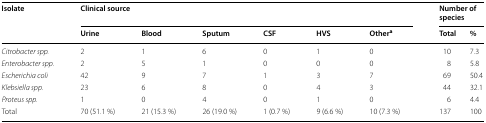
<table><thead><tr><td rowspan="2"><b>Isolate</b></td><td colspan="6"><b>Clinical source</b></td><td colspan="2"><b>Number of species</b></td></tr><tr><td><b>Urine</b></td><td><b>Blood</b></td><td><b>Sputum</b></td><td><b>CSF</b></td><td><b>HVS</b></td><td><b>Other<sup>a</sup></b></td><td><b>Total</b></td><td><b>%</b></td></tr></thead><tbody><tr><td><i>Citrobacter spp.</i></td><td>2</td><td>1</td><td>6</td><td>0</td><td>1</td><td>0</td><td>10</td><td>7.3</td></tr><tr><td><i>Enterobacter spp.</i></td><td>2</td><td>5</td><td>1</td><td>0</td><td>0</td><td>0</td><td>8</td><td>5.8</td></tr><tr><td><i>Escherichia coli</i></td><td>42</td><td>9</td><td>7</td><td>1</td><td>3</td><td>7</td><td>69</td><td>50.4</td></tr><tr><td><i>Klebsiella spp.</i></td><td>23</td><td>6</td><td>8</td><td>0</td><td>4</td><td>3</td><td>44</td><td>32.1</td></tr><tr><td><i>Proteus spp.</i></td><td>1</td><td>0</td><td>4</td><td>0</td><td>1</td><td>0</td><td>6</td><td>4.4</td></tr><tr><td>Total</td><td>70 (51.1 %)</td><td>21 (15.3 %)</td><td>26 (19.0 %)</td><td>1 (0.7 %)</td><td>9 (6.6 %)</td><td>10 (7.3 %)</td><td>137</td><td>100</td></tr></tbody></table>